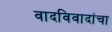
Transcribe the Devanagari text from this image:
वादविवादांचा